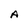
Character: A